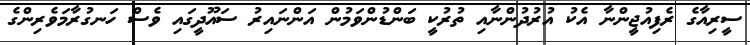
ސީރިއާގެ ރެފިއުޖީންނާ އެކު އުރުދުންނާއި ތުރުކީ ބަންޑުންވަމުން އަންނައިރު ސައޫދީގައި ވެސް ހަނގުރާމަވެރިންގެ